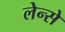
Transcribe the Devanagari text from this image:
लेन्से